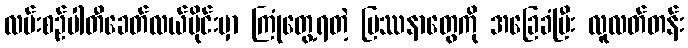
လမ်းစဉ်ပါတီခေတ်လယ်ပိုင်းမှာ ကြုံတွေ့ရတဲ့ ပြဿနာတွေကို အခြေခံပြီး လူလတ်တန်း